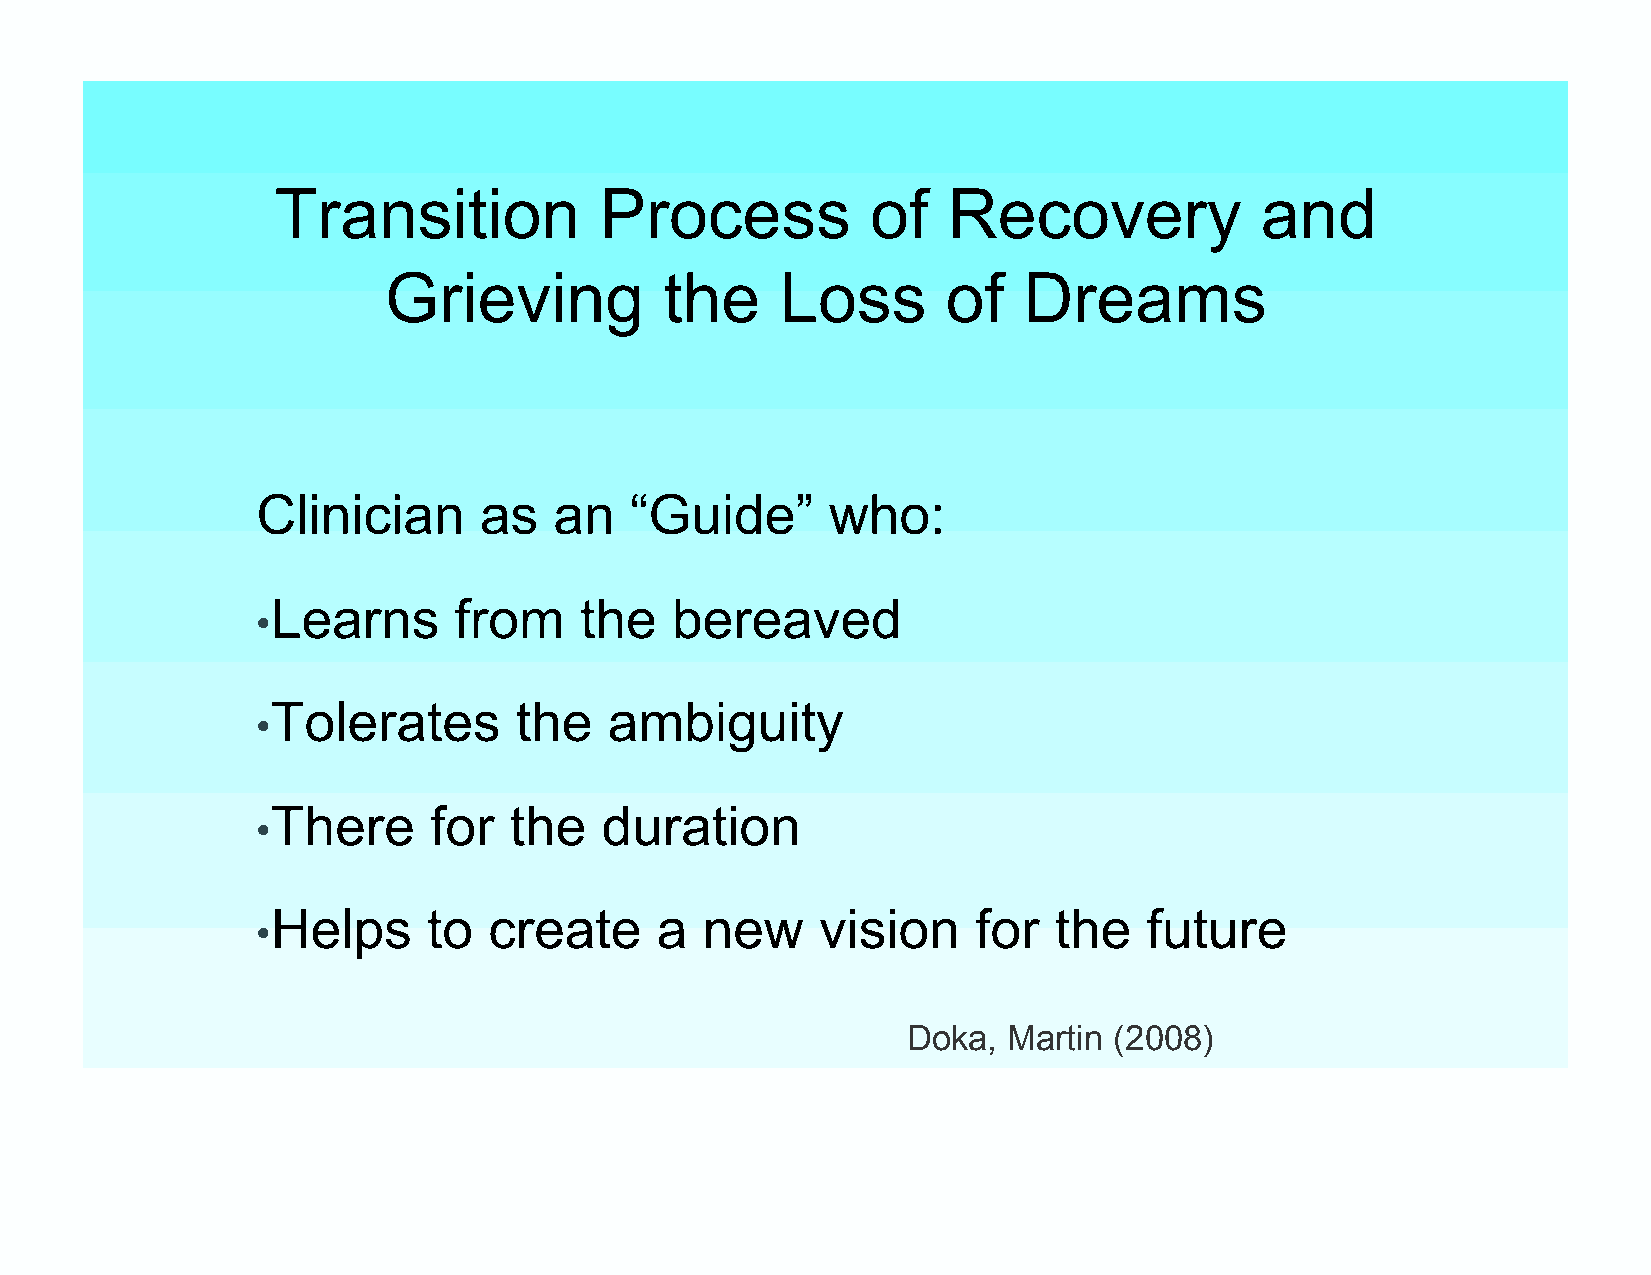
Transition            Process           of   Recovery            and
 Grieving           the     Loss       of   Dreams
 Clinician      as   an   “Guide”      who:
 Learns      from    the   bereaved
 •
 Tolerates       the   ambiguity
 •
 There     for   the   duration
 •
 Helps     to  create     a  new     vision     for  the   future
 •
 Doka,  Martin (2008)